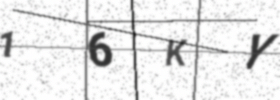
Text: 16KY